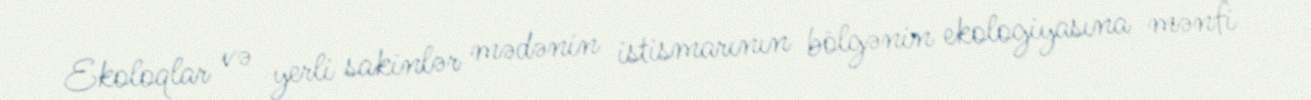
Ekoloqlar və yerli sakinlər mədənin istismarının bölgənin ekologiyasına mənfi